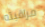
مراقبته